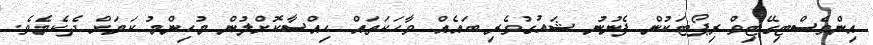
އިންވެސްޓިގޭޓިވް ރިޕޯޓަކުން ފެނުނު ޝައުގުވެރި ބައެއް ވާހަކަތައް ހިއްސާކޮށްލުން މުހިންމު ކަމަށް ދެކެމެވެ.